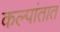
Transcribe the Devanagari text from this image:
कल्पांतात